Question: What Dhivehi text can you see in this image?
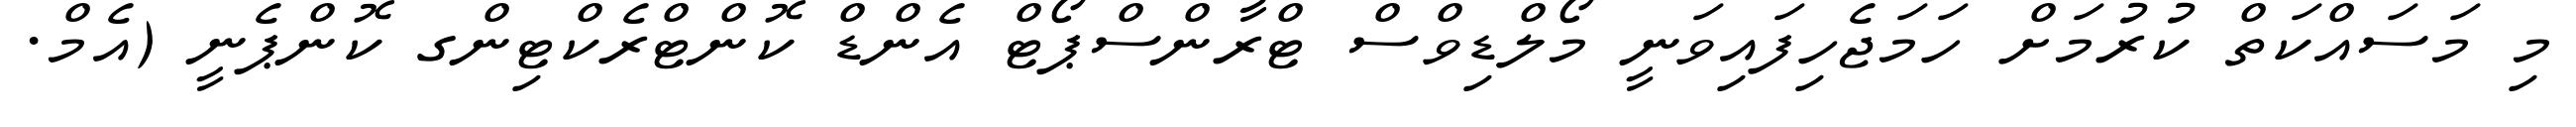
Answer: މި މަސައްކަތް ކުރުމަށް ހަމަޖެހިފައިވަނީ މޯލްޑިވްސް ޓްރާންސްޕޯޓް އެންޑް ކޮންޓްރެކްޓިންގ ކޮންޕެނީ (އެމް.